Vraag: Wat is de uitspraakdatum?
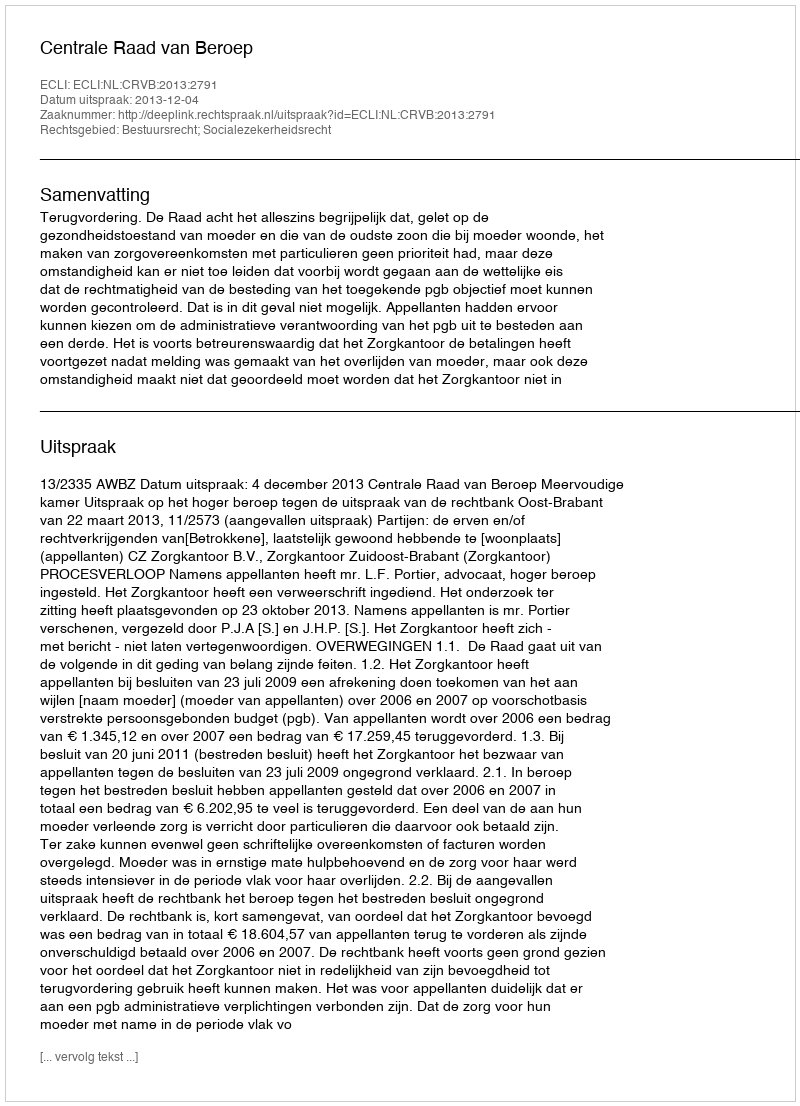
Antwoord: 2013-12-04